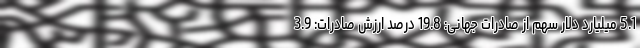
5.1 میلیارد دلار سهم از صادرات جهانی: 19.8 درصد ارزش صادرات: 3.9